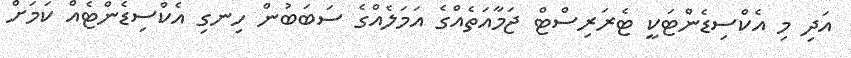
އަދި މި އެކްސިޑެންޓަކީ ޓެރަރިސްޓް ޖަމާއަތެއްގެ އަމަލެއްގެ ސަބަބުން ހިނގި އެކްސިޑެންޓެއް ކަމަށް